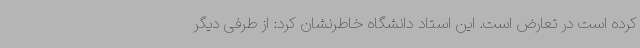
کرده است در تعارض است. این استاد دانشگاه خاطرنشان کرد: از طرفی دیگر